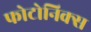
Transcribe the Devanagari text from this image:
फोटोनिक्स